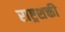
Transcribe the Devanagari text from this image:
राष्ट्रशक्ती